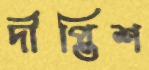
দীপ্তিশ